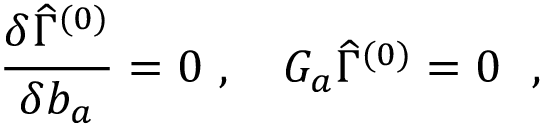
{ { \frac { \delta \widehat \Gamma ^ { ( 0 ) } } { \delta b _ { a } } } } = 0 \ , \quad { \cal G } _ { a } \widehat { \Gamma } ^ { ( 0 ) } = 0 ~ ~ ,